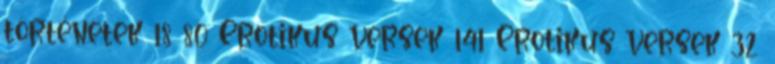
történetek 18 80 Erotikus versek 141 Erotikus versek 32